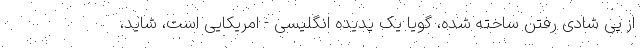
از پی شادی رفتن ساخته شده، گویا یک پدیده انگلیسی - امریکایی است، شاید،